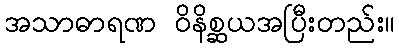
အသာဓာရဏ ဝိနိစ္ဆယအပြီးတည်း။